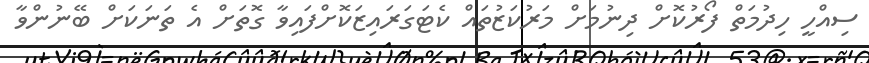
ސިއްހީ ހިދުމަތް ފޯރުކޮށް ދިނުމަށް މަރުކަޒުތައް ކެޓަގަރައިޒަކޮށްފައިވާ ގޮތަށް އެ ތަނަކަށް ބޭނުންވާ